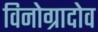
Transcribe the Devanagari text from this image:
विनोग्रादोव